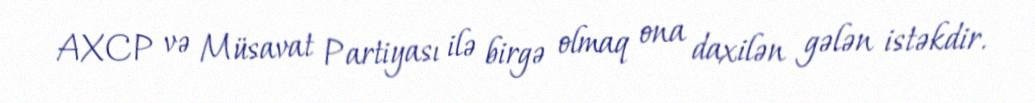
AXCP və Müsavat Partiyası ilə birgə olmaq ona daxilən gələn istəkdir.